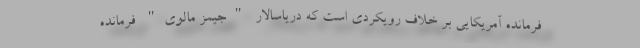
فرمانده آمریکایی بر خلاف رویکردی است که دریاسالار "جیمز مالوی" فرمانده